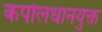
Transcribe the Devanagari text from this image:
कपोलधानयुक्त